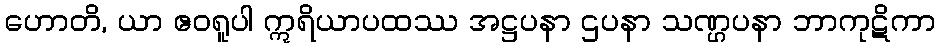
ဟောတိ, ယာ ဧဝရူပါ ဣရိယာပထဿ အဋ္ဌပနာ ဌပနာ သဏ္ဌပနာ ဘာကုဋိကာ